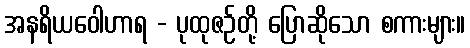
အနရိယဝေါဟာရ - ပုထုဇဉ်တို့ ပြောဆိုသော စကားများ။